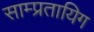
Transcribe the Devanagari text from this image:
साम्प्रतायिग